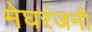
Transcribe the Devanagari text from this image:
मेघरंजनी